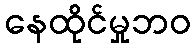
နေထိုင်မှုဘဝ